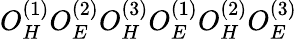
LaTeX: O_{H}^{(1)}O_{E}^{(2)}O_{H}^{(3)}O_{E}^{(1)}O_{H}^{(2)}O_{E}^{(3)}